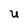
Character: U